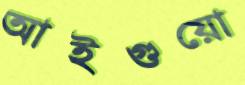
আইগুয়ো